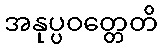
အနုပ္ပဝတ္တေတိ